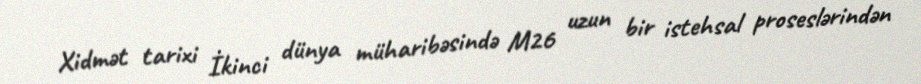
Xidmət tarixi İkinci dünya müharibəsində M26 uzun bir istehsal proseslərindən